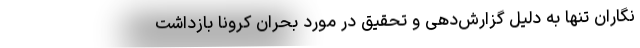
نگاران تنها به دلیل گزارش‌‌‌دهی و تحقیق در مورد بحران کرونا بازداشت